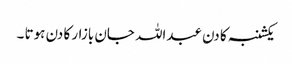
یکشنبہ کا دن عبداللہ جان بازار کا دن ہوتا ۔